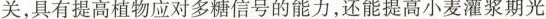
关，具有提高植物应对多糖信号的能力，还能提高小麦灌浆期光